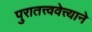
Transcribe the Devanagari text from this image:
पुरातत्त्ववेत्त्याने